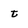
Character: t